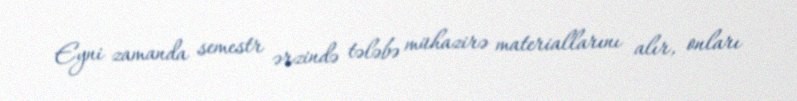
Eyni zamanda semestr ərzində tələbə mühazirə materiallarını alır, onları